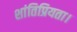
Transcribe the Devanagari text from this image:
शांतिप्रियता।